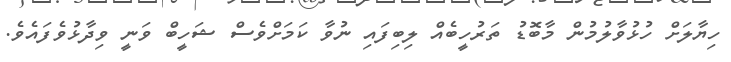
ހިޔާލަށް ހުޅުވާލުމުން މާބޮޑު ތަރުހީބެއް ލިބިފައި ނުވާ ކަމަށްވެސް ޝަހީބް ވަނީ ވިދާޅުވެފައެވެ.